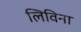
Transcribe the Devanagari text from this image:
लिविना